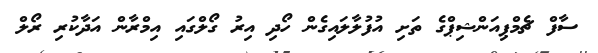
ސާފް ޗެމްޕިއަންޝިޕްގެ ތަށި އުފުލާލައިގެން ހޯދި އިރު ގޯލްގައި އިމްރާން އަދާކުރި ރޯލް